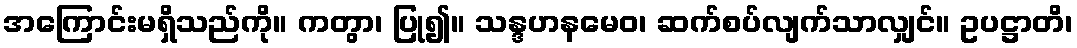
အကြောင်းမရှိသည်ကို။ ကတွာ၊ ပြု၍။ သန္ဒဟနမေဝ၊ ဆက်စပ်လျက်သာလျှင်။ ဥပဋ္ဌာတိ၊